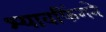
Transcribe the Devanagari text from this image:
श्यावफिंगने